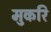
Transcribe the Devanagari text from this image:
मुकरि